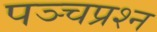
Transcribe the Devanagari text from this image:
पञ्चप्रश्न